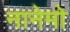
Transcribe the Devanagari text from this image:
नानेमो